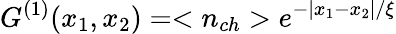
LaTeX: G^{(1)}(x_{1},x_{2})=<n_{ch}>e^{-|x_{1}-x_{2}|/\xi}